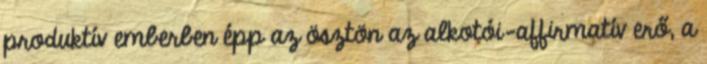
produktív emberben épp az ösztön az alkotói-affirmatív erő, a